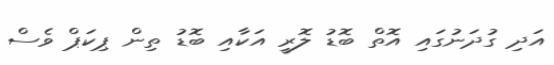
އަދި ގުދަނުގައި އޮތް ބޮޑު ލޮރީ އަކާއި ބޮޑު ތިން ޕިކަޕް ވެސް